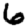
Digit: 6